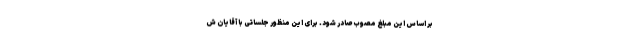
بر اساس این مبلغ مصوب صادر شود. برای این منظور جلساتی با آقایان ش